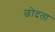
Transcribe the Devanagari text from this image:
छोदता